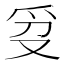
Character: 𬋥